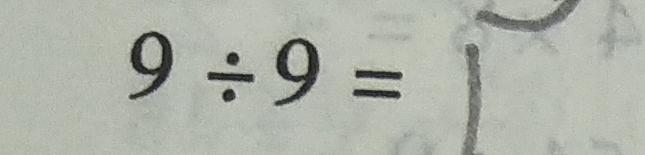
9 \div 9 = 1